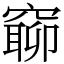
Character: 窷